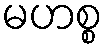
မဟစ္စ